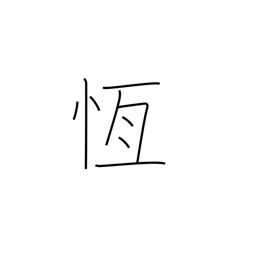
Meaning: persistent